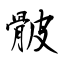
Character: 骳